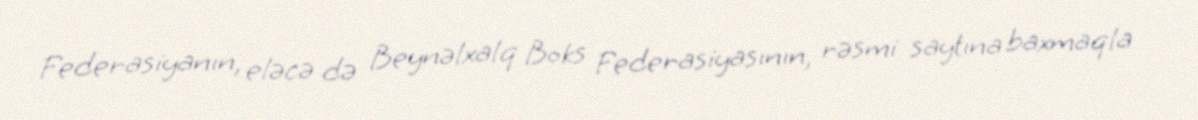
Federasiyanın, eləcə də Beynəlxalq Boks Federasiyasının, rəsmi saytına baxmaqla